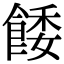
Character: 餧